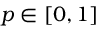
p \in [ 0 , 1 ]